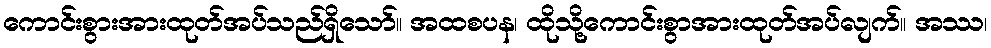
ကောင်းစွားအားထုတ်အပ်သည်ရှိသော်။ အထစပန၊ ထိုသို့ကောင်းစွာအားထုတ်အပ်လျက်။ အဿ၊